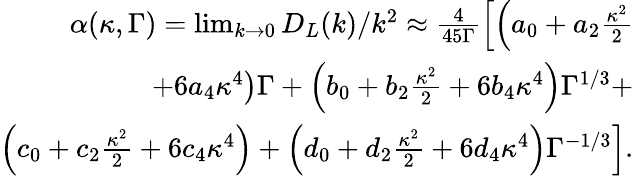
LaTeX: \begin{array}{r}{\alpha(\kappa,\Gamma)=\operatorname*{lim}_{k\to 0}D_{L}(k)/k^{2}\approx\frac{4}{45\Gamma}\left[\left(a_{0}+a_{2}\frac{\kappa^{2}}{2}\right.\right.}\\ {\left.\left.+6a_{4}\kappa^{4}\right)\Gamma+\left(b_{0}+b_{2}\frac{\kappa^{2}}{2}+6b_{4}\kappa^{4}\right)\Gamma^{1/3}+\right.}\\ {\left.\left(c_{0}+c_{2}\frac{\kappa^{2}}{2}+6c_{4}\kappa^{4}\right)+\left(d_{0}+d_{2}\frac{\kappa^{2}}{2}+6d_{4}\kappa^{4}\right)\Gamma^{-1/3}\right].}\end{array}